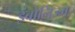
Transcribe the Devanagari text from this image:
इंबोलिज्म